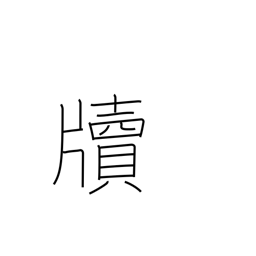
Meaning: letter